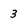
Character: 3